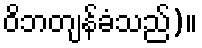
ဝိဘတျန်ခံသည်)။